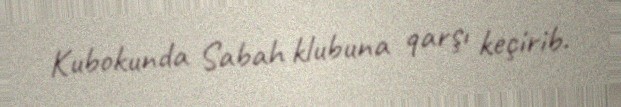
Kubokunda Sabah klubuna qarşı keçirib.